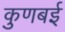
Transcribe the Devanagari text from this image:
कुणबई